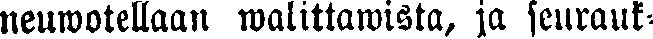
neuwotellaan walittawista, ja seurauk-